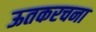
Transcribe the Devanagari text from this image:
ऊतकरचना